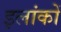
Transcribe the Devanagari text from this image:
इलांकों